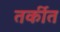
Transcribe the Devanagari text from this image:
तर्कीत